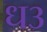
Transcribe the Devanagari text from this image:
ध३